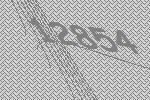
12854